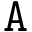
{ \tt A }